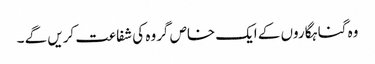
وہ گناہگاروں کے ایک خاص گروہ کی شفاعت کریں گے ۔